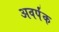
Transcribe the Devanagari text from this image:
अवर्पंक